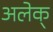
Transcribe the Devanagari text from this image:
अलेक्